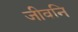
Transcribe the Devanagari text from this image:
जीवनि